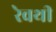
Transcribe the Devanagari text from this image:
रेवथी